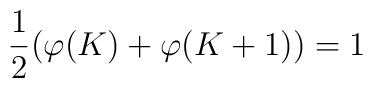
\frac{1}{2} (\varphi (K) + \varphi (K+1)) = 1